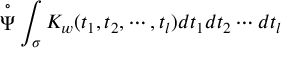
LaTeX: \stackrel { \circ } { \Psi } \int _ { \sigma } K _ { w } ( t _ { 1 } , t _ { 2 } , \cdots , t _ { l } ) d t _ { 1 } d t _ { 2 } \cdots d t _ { l }